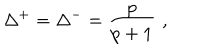
LaTeX: \Delta ^ { + } = \Delta ^ { - } = \frac { p } { p + 1 } \, \, ,